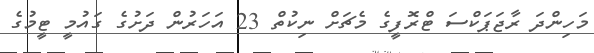
މަހިންދަ ރާޖަޕަކްސަ ޓްރޮފީގެ މެޗަށް ނިކުތް 23 އަހަރުން ދަށުގެ ގައުމީ ޓީމުގެ